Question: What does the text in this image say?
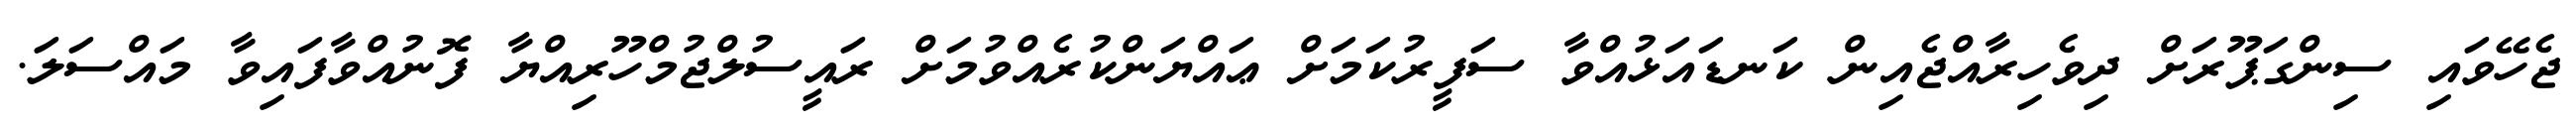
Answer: ޖެހޭވައި ސިންގަޕޫރަށް ދިވެހިރާއްޖެއިން ކަނޑައަޅުއްވާ ސަފީރުކަމަށް ޢައްޔަންކުރެއްވުމަށް ރައީސުލްޖުމްހޫރިއްޔާ ފޮނުއްވާފައިވާ މައްސަލަ.